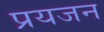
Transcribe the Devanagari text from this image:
प्रयजन